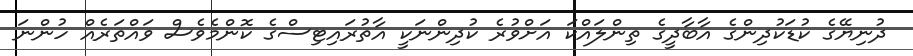
ދުނިޔޭގެ ކުޑަކުދިންގެ އާބާދީގެ ތިންލައްކަ އަށްވުރެ ކުދިންނަކީ އާތުރައިޓިސްގެ ކޮންމެވެސް ވައްތަރެއް ހުންނަ